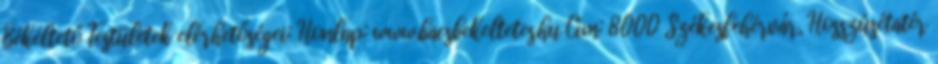
Békéltető Testületek elérhetőségei: Honlap: www.bacsbekeltetes.hu Cím: 8000 Székesfehérvár, Hosszúsétatér